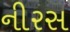
નીરસ